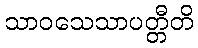
သာဝသေသာပတ္တီတိ